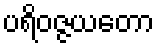
ပရိဝဇ္ဇယတော